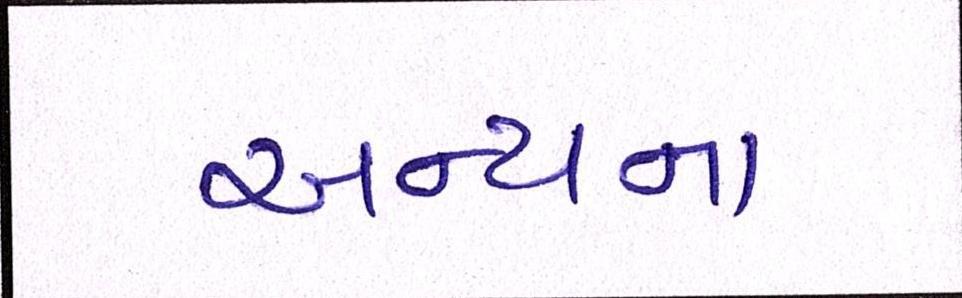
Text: અન્યના